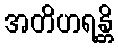
အတိဟရန္တိ